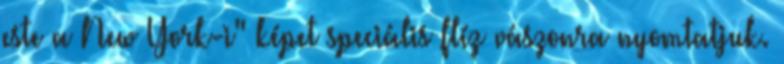
este a New York-i" képet speciális flíz vászonra nyomtatjuk.